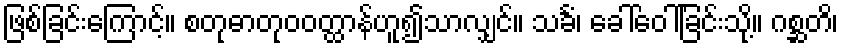
ဖြစ်ခြင်းကြောင့်။ စတုဓာတုဝဝတ္ထာန်ဟူ၍သာလျှင်။ သင်္ခံ၊ ခေါ်ဝေါ်ခြင်းသို့။ ဂစ္ဆတိ၊